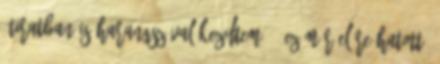
átiratban is harangszóval kezdtem. - Ez már előre hatott.